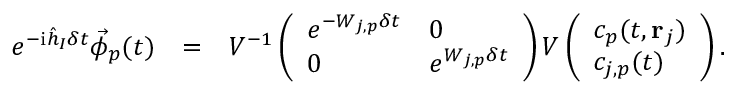
\begin{array} { r l r } { e ^ { - \mathrm { i } \hat { h } _ { I } \delta t } \vec { \phi } _ { p } ( t ) } & { = } & { V ^ { - 1 } \left( \begin{array} { l l } { e ^ { - W _ { j , p } \delta t } } & { 0 } \\ { 0 } & { e ^ { W _ { j , p } \delta t } } \end{array} \right) V \left( \begin{array} { l } { c _ { p } ( t , { \bf r } _ { j } ) } \\ { c _ { j , p } ( t ) } \end{array} \right) . } \end{array}